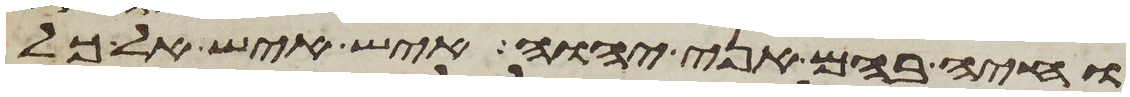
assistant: וחיה בהם אני יהוה איש איש אל כל